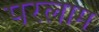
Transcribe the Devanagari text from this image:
परलाम